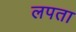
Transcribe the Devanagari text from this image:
लपता